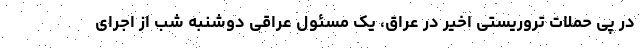
در پی حملات تروریستی اخیر در عراق، یک مسئول عراقی دوشنبه شب از اجرای